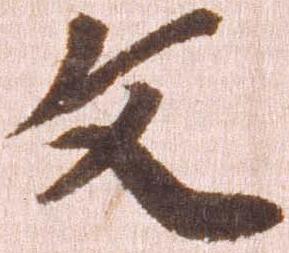
文